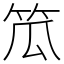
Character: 笟